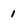
Character: 1